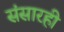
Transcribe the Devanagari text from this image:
संसारही